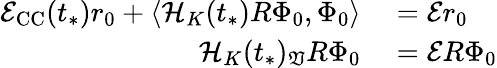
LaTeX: \begin{array}{rl}{\mathcal{E}_{\mathrm{CC}}(t_{*})r_{0}+\langle\mathcal{H}_{K}(t_{*})R\Phi_{0},\Phi_{0}\rangle}&{{}=\mathcal{E}r_{0}}\\ {\mathcal{H}_{K}(t_{*})_{\mathfrak{V}}R\Phi_{0}}&{{}=\mathcal{E}R\Phi_{0}}\end{array}